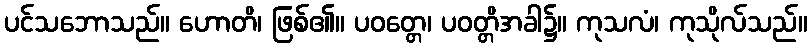
ပင်သဘောသည်။ ဟောတိ၊ ဖြစ်၏။ ပဝတ္တေ၊ ပဝတ္တိအခါ၌။ ကုသလံ၊ ကုသိုလ်သည်။